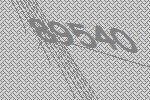
89540